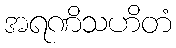
အရဏိသဟိတံ